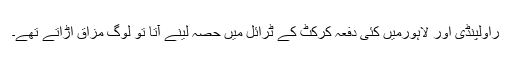
راولپنڈی اور لاہورمیں کئی دفعہ کرکٹ کے ٹرائل میں حصہ لینے آتا تو لوگ مزاق اڑاتے تھے۔